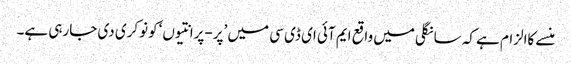
منسے کاالزام ہے کہ سانگلی میں واقع ایم آئی ای ڈی سی میں ’پر-پرانتیوں ‘کونوکری دی جارہی ہے۔